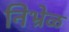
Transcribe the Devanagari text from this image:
निभ्रेळ